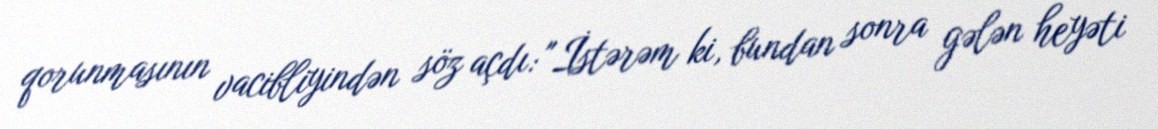
qorunmasının vacibliyindən söz açdı: "İstərəm ki, bundan sonra gələn heyəti